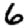
Digit: 6